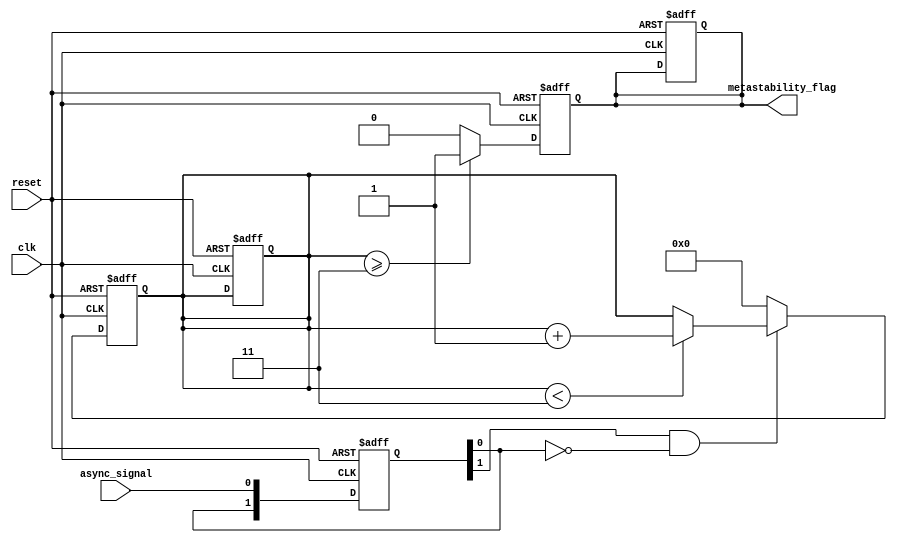
module metastability_detector (
    input wire clk,               // Clock signal
    input wire async_signal,      // Asynchronous input signal
    input wire reset,             // Reset signal
    output reg metastability_flag  // Output flag indicating metastability
);

    // Parameters
    parameter METASTABILITY_THRESHOLD = 4; // Number of clock cycles to check for metastability

    // Internal signals
    reg [1:0] ff1;                 // First D flip-flop output
    reg [1:0] ff2;                 // Second D flip-flop output
    reg [3:0] metastability_counter; // Counter for metastability detection

    // D Flip-Flops
    always @(posedge clk or posedge reset) begin
        if (reset) begin
            ff1 <= 2'b00;          // Initialize ff1
            ff2 <= 2'b00;          // Initialize ff2
            metastability_flag <= 1'b0; // Clear metastability flag
            metastability_counter <= 4'b0000; // Clear counter
        end else begin
            ff1 <= {ff1[0], async_signal}; // Shift in async_signal
            ff2 <= ff1;                    // Capture ff1 output
        end
    end

    // Metastability Detection Logic
    always @(posedge clk or posedge reset) begin
        if (reset) begin
            metastability_counter <= 4'b0000; // Clear counter
            metastability_flag <= 1'b0;       // Clear flag
        end else begin
            // Check if ff1 is stable (either 0 or 1)
            if (ff1[1] == 1'b1 && ff1[0] == 1'b0) begin
                // ff1 is transitioning, increment counter
                if (metastability_counter < METASTABILITY_THRESHOLD - 1) begin
                    metastability_counter <= metastability_counter + 1;
                end
            end else begin
                // Reset counter if ff1 is stable
                metastability_counter <= 4'b0000;
            end
            
            // Assert metastability flag if counter exceeds threshold
            if (metastability_counter >= METASTABILITY_THRESHOLD - 1) begin
                metastability_flag <= 1'b1; // Metastability detected
            end else begin
                metastability_flag <= 1'b0; // No metastability
            end
        end
    end

endmodule